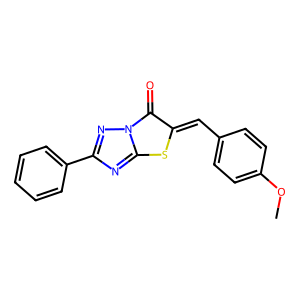
SMILES: COc1ccc(C=c2sc3nc(-c4ccccc4)nn3c2=O)cc1
Inhibits HIV replication: No